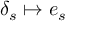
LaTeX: \delta _ { s } \mapsto e _ { s }